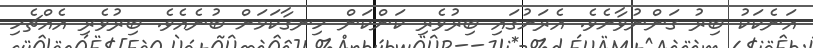
އަނެކަކު ބިރު ގަންނުވާށެވެ. އެރަށުގައި ބިރުވެރި ކަންކަން ހިނގާކަމަށް ބުނެއެވެ. ބިރުވެރި އެއްޗެހި